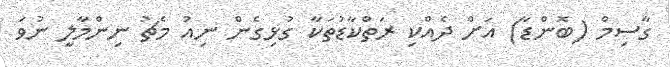
ގާސިމް (ބޮންޑާ) އަށް ދެއްކި ރަތްކާޑުތަކާ ގުޅިގެން ނިއު މެޗު ނިންމާލީ ނުވަ